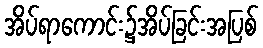
အိပ်ရာကောင်း၌အိပ်ခြင်းအပြစ်